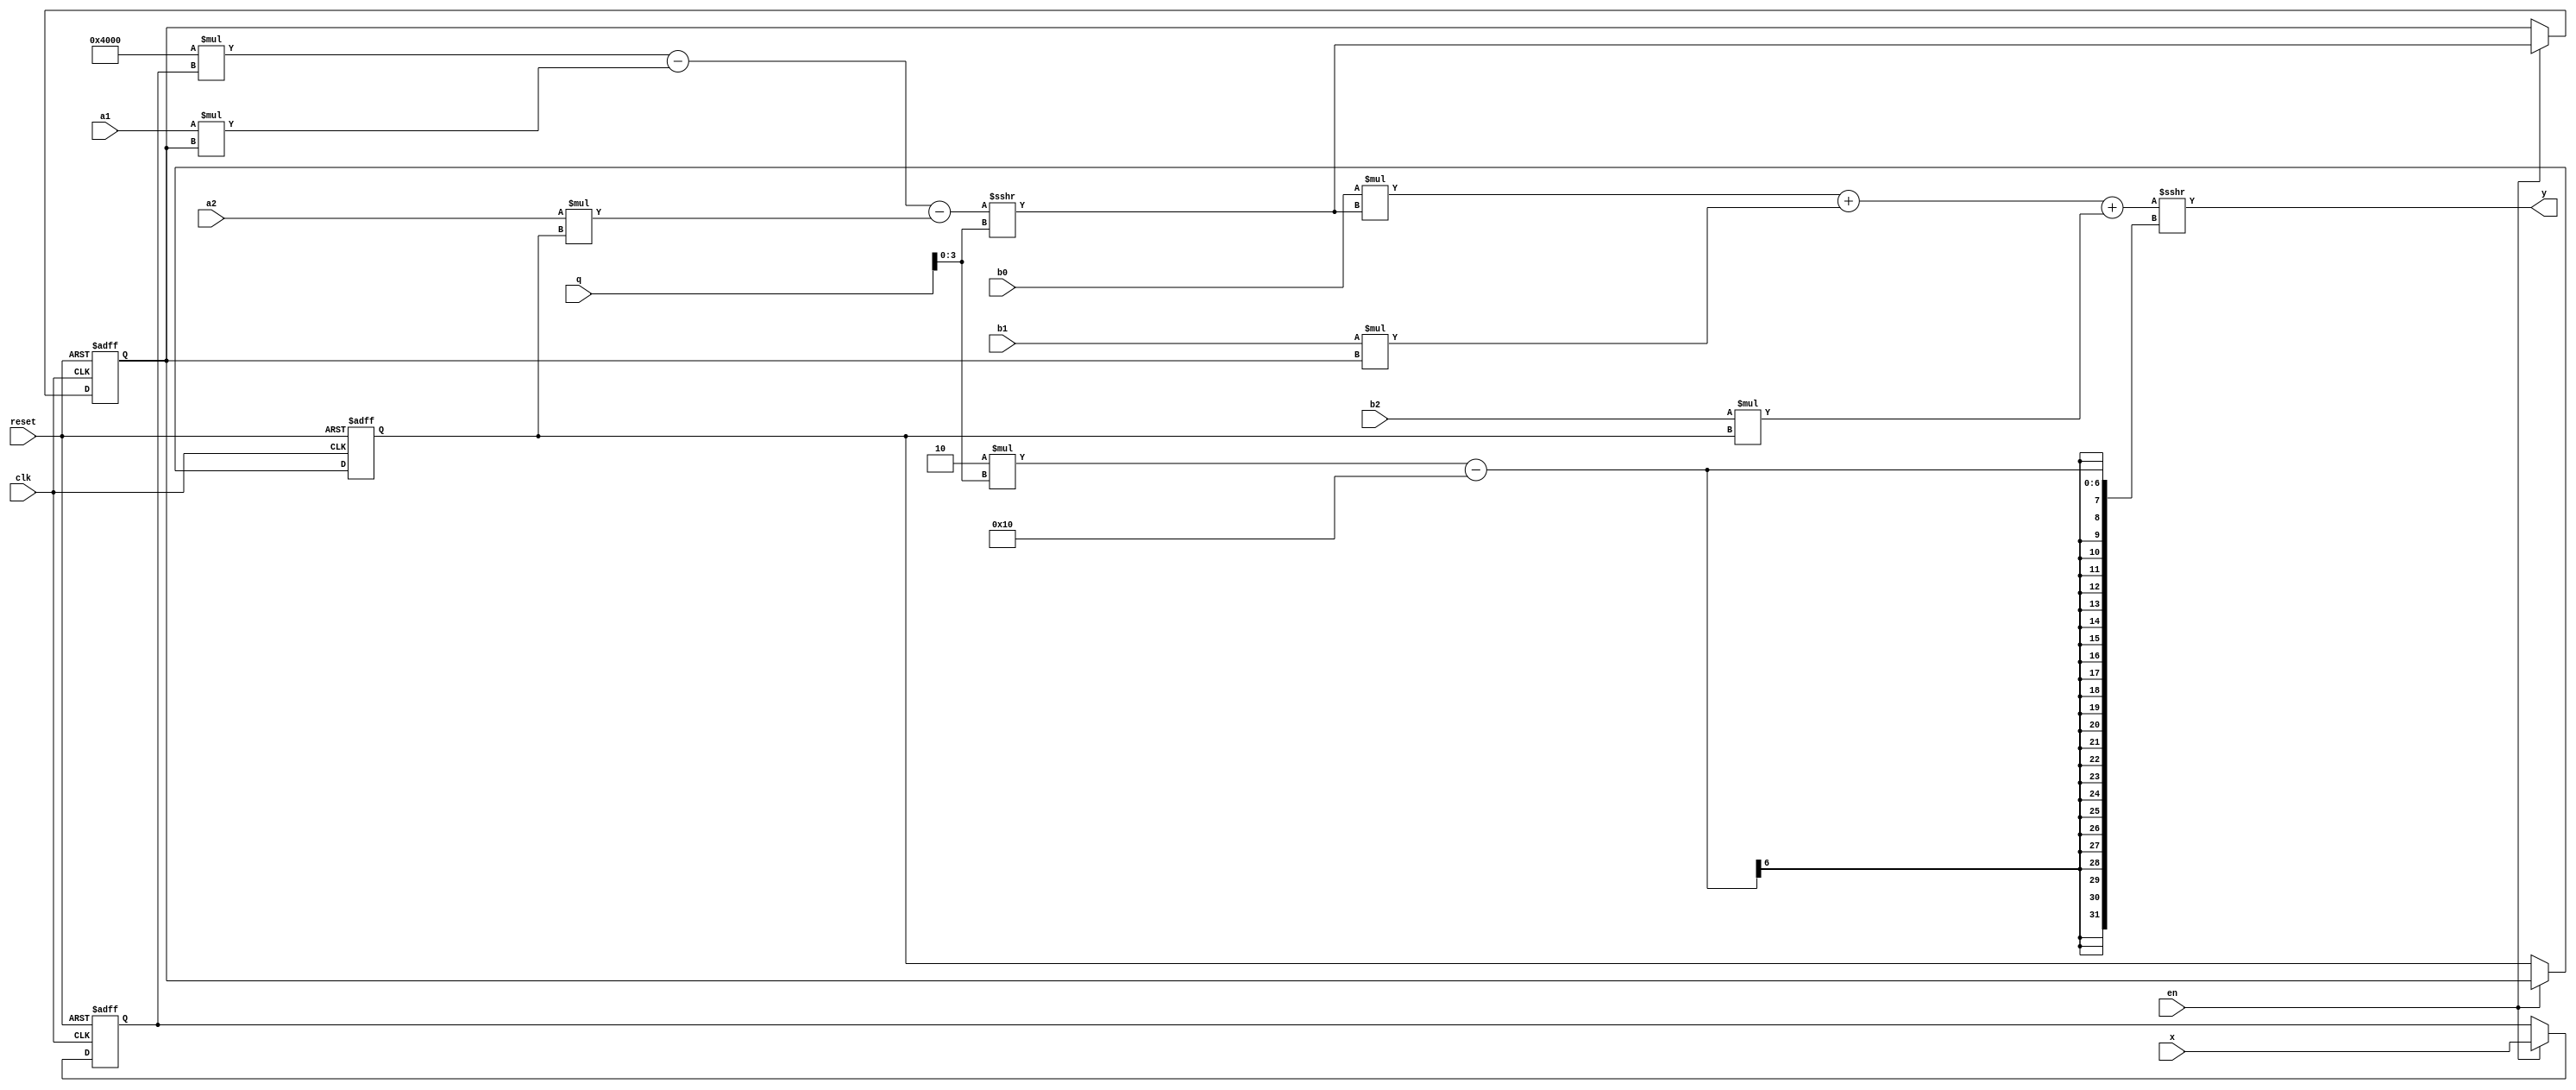
module biquad_filter #(
  parameter io_width = 16,
  parameter internal_width = io_width*2-1
  )(
  input wire clk,
  input wire reset,
  input wire en,

  input wire signed [io_width-1:0] b0,
  input wire signed [io_width-1:0] b1,
  input wire signed [io_width-1:0] b2,
  input wire signed [io_width-1:0] q,
  input wire signed [io_width-1:0] a1,
  input wire signed [io_width-1:0] a2,
  
  input wire signed [io_width-1:0] x,
  output wire signed [io_width-1:0] y
  );
  
  localparam signed [io_width-1:0] a0 = 16384;
  reg signed[io_width-1:0] xin;
  wire signed[io_width-1:0] w_n; 
  reg signed[io_width-1:0] w_n1, w_n2;
  wire signed[internal_width-1:0] pd0, pd1, pd2, pd3, pd4, pd5;
  //wire signed[15:0] pd_check0, pd_check1, pd_check2, pd_check3, pd_check4, pd_check5;
  
  assign pd0 = a0*xin;
  assign pd1 = a1*w_n1;
  assign pd2 = a2*w_n2;
  
  always @(posedge clk, posedge reset) begin
    if (reset)
      xin <= 0;
    else begin
		if (en) xin <= x;
	end
  end

  assign w_n = (pd0 - pd1 - pd2) >>> q[3:0];


  always @(posedge clk, posedge reset) begin
    if (reset)
      w_n1 <= 0;
    else begin
		if (en) w_n1 <= w_n;
	end
  end

  always @(posedge clk, posedge reset) begin
    if (reset)
      w_n2 <= 0;
    else begin
		if (en) w_n2 <= w_n1;
	end
  end
    
  assign pd3 = b0*w_n;
  assign pd4 = b1*w_n1;
  assign pd5 = b2*w_n2;
  
  assign y = ((pd3 + pd4 + pd5) >>> (2*q[3:0]-io_width));
   
    `ifdef COCOTB_SIM
		initial begin
			$dumpfile ("biquad.vcd");
			$dumpvars(0);
			#1;
		end
  `endif
  
endmodule